Leaving Certificate Examination (including Day School Certificate (Higher) General paper), 1927
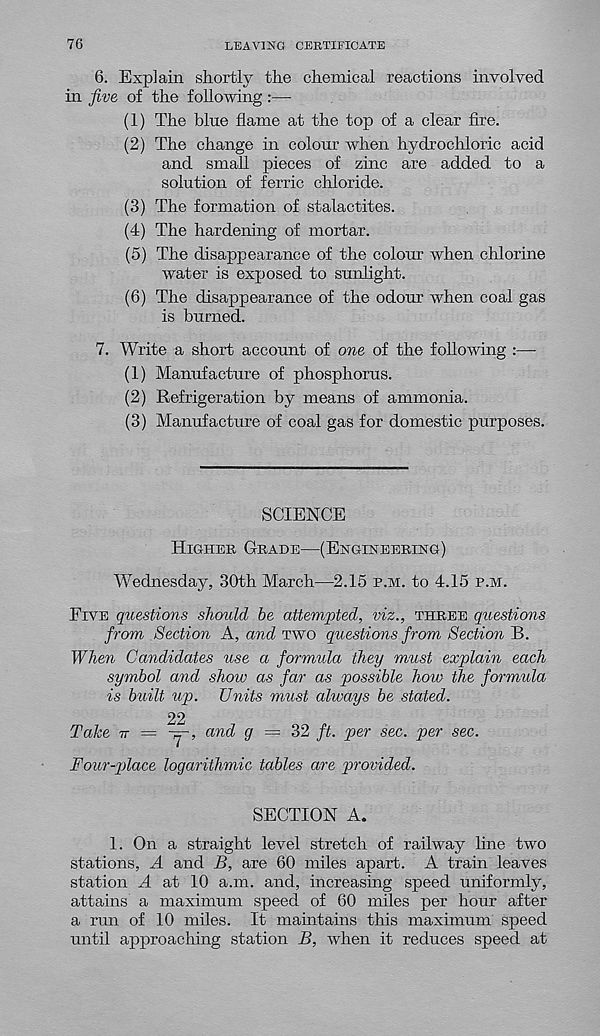
76
LEAVING CERTIFICATE
6. Explain shortly the chemical reactions involved
in five of the following:—
(1) The blue flame at the top of a clear fire.
(2) The change in colour when hydrochloric acid
and small pieces of zinc are added to a
solution of ferric chloride.
(3) The formation of stalactites.
(4) The hardening of mortar.
(5) The disappearance of the colour when chlorine
water is exposed to sunlight.
(6) The disappearance of the odour when coal gas
is burned.
7. Write a short account of one of the following :—
(1) Manufacture of phosphorus.
(2) Refrigeration by means of ammonia.
(3) Manufacture of coal gas for domestic purposes.
SCIENCE
Highek Grade—(Engineering)
Wednesday, 30th March—2.15 p.m. to 4.15 p.m.
Five questions should be attempted, viz., three questions
from Section A, and two questions from Section B.
When Candidates use a formula they must explain each
symbol and show as far as possible how the formula
is built up. Units must always be stated.
22
Take tt = -y-, and g — 32 ft. per sec. per sec.
Four-place logarithmic tables are provided.
SECTION A.
1. On a straight level stretch of railway line two
stations, A and B, are 60 miles apart. A train leaves
station A at 10 a.m. and, increasing speed uniformly,
attains a maximum speed of 60 miles per hour after
a run of 10 miles. It maintains this maximum speed
until approaching station B, when it reduces speed at